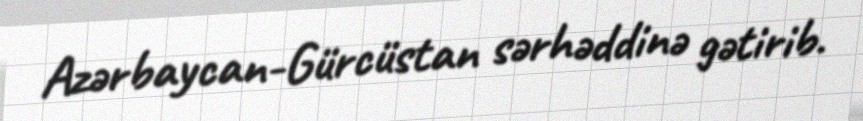
Azərbaycan-Gürcüstan sərhəddinə gətirib.